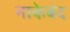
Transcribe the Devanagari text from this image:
नाकेबंद